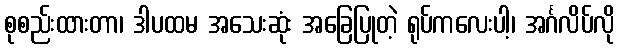
စုစည်းထားတာ၊ ဒါပထမ အသေးဆုံး အခြေပြုတဲ့ ရုပ်ကလေးပါ့၊ အင်္ဂလိပ်လို